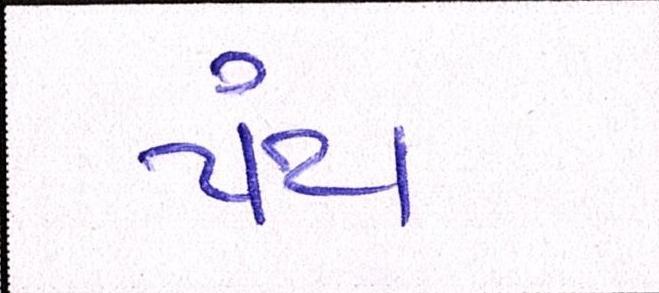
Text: પંથ